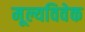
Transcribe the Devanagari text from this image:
मूल्यविवेक